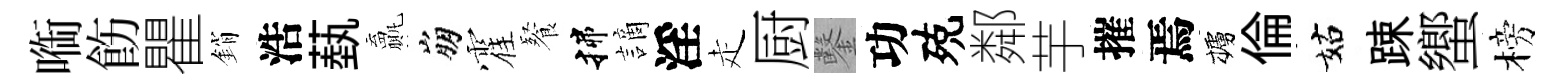
㗸飭瞿銷浩蓺贏崩霍餐揲謫淫走厨鑿功殑鄰芋摧焉櫨倫姑踈蠁榜